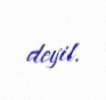
deyil.